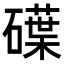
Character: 𥖢